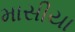
માસીયા